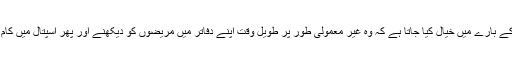
امریکہ میں ڈاکٹروں کے بارے میں خیال کیا جاتا ہے کہ وہ غیر معمولی طور پر طویل وقت اپنے دفاتر میں مریضوں کو دیکھنے اور پھر اسپتال میں کام پر صرف کرتے ہیں۔